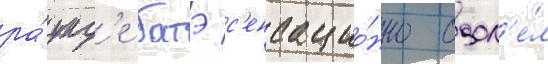
ра́унд'е батэ с'енсацио́нно одол'е́л